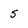
Character: 5